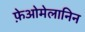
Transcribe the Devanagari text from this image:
फ़ेओमेलानिन